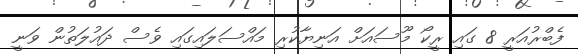
ފެބްރުއަރީ 8 ގައި ރީކޯ މޫސައަށް އަނިޔާކުރި މައްސަލައިގައި ވެސް ދައުލަތުން ވަނީ